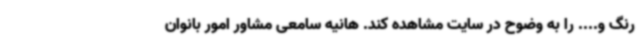
رنگ و.... را به وضوح در سایت مشاهده کند. هانیه سامعی مشاور امور بانوان